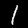
Label: 1